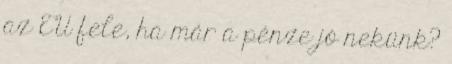
az EU fele, ha már a pénze jó nekünk?